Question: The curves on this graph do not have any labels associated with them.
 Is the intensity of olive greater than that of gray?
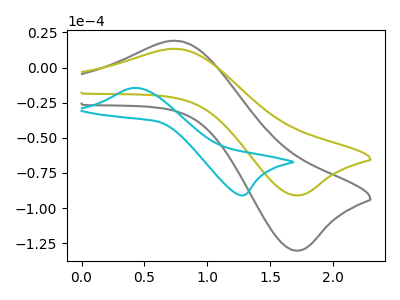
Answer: <think>The gray curve "gray" has an anodic peak at (0.75V, 18.90uA) and a cathodic peak at (1.70V, -130.30uA). The olive curve "olive" has an anodic peak at (0.75V, 13.20uA) and a cathodic peak at (1.70V, -90.95uA). The cyan curve "cyan" has an anodic peak at (0.40V, -14.55uA) and a cathodic peak at (1.30V, -91.00uA).
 All the peaks in "olive" have a peak in "gray" at the same potential. Every peak in "olive" is lower than every peak in "gray".</think>
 <answer>"olive" has less signal than "gray".</answer>
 <eval>less_signal</eval>